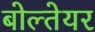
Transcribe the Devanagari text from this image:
बोल्तेयर